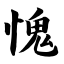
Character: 愧